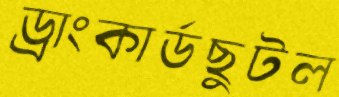
ড্রাংকার্ডছুটল